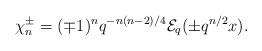
LaTeX: \begin{align*} \chi_{n}^{\pm}=(\mp 1)^{n}q^{-n(n-2)/4}\mathcal{E}_{q}(\pm q^{n/2}x). \end{align*}